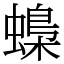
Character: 蟂